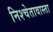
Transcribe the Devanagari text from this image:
निश्चेतावास्ता